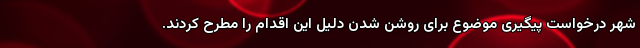
شهر درخواست پیگیری موضوع برای روشن شدن دلیل این اقدام را مطرح کردند.